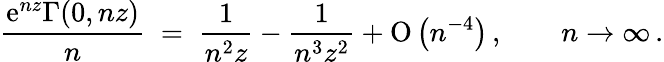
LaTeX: \frac{\mathrm{e}^{nz}\Gamma(0,nz)}{n}\; =\; \frac{1}{n^{2}z}-\frac{1}{n^{3}z^{2}}+\mathrm{O}\left(n^{-4}\right)\, ,\qquad n\to\infty\, .